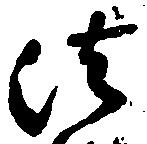
法